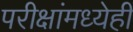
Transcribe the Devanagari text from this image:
परीक्षांमध्येही